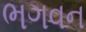
ભગવન